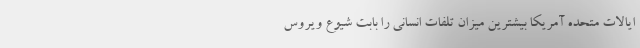
ایالات متحده آمریکا بیشترین میزان تلفات انسانی را بابت شیوع ویروس